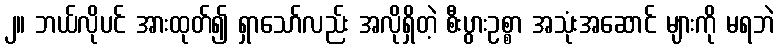
၂။ ဘယ်လိုပင် အားထုတ်၍ ရှာသော်လည်း အလိုရှိတဲ့ စီးပွားဥစ္စာ အသုံးအဆောင် များကို မရဘဲ